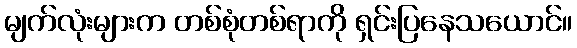
မျက်လုံးများက တစ်စုံတစ်ရာကို ရှင်းပြနေသယောင်။